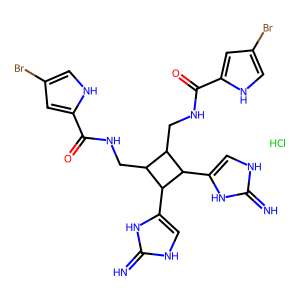
SMILES: Cl.N=c1[nH]cc(C2C(CNC(=O)c3cc(Br)c[nH]3)C(CNC(=O)c3cc(Br)c[nH]3)C2c2c[nH]c(=N)[nH]2)[nH]1
Inhibits HIV replication: Yes